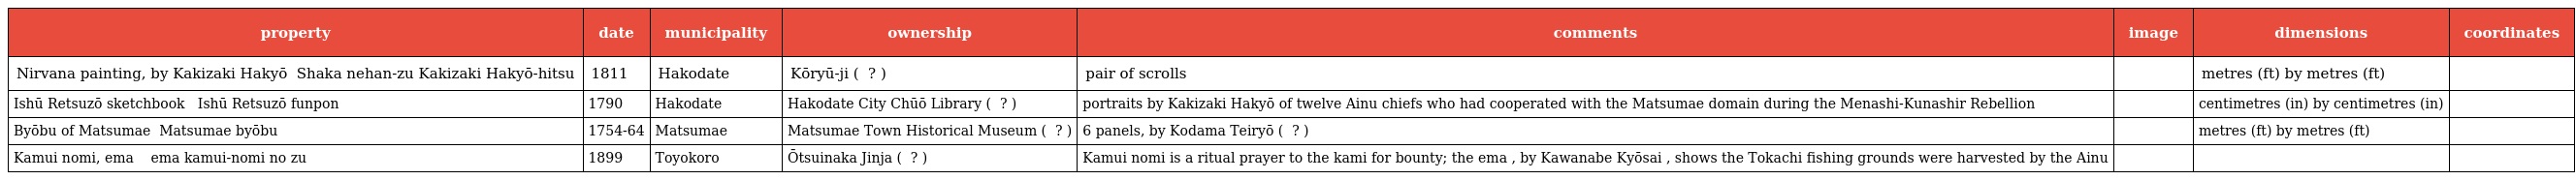
| property | date | municipality | ownership | comments | image | dimensions | coordinates |
 | --- | --- | --- | --- | --- | --- | --- | --- |
 | Nirvana painting, by Kakizaki Hakyō 釈迦涅槃図蠣崎波響筆 Shaka nehan-zu Kakizaki Hakyō-hitsu | 1811 | Hakodate | Kōryū-ji ( 高龍寺 ? ) | pair of scrolls |  | metres (ft) by metres (ft) |  |
 | Ishū Retsuzō sketchbook 夷酋列像 粉本 Ishū Retsuzō funpon | 1790 | Hakodate | Hakodate City Chūō Library ( 函館市中央図書館 ? ) | portraits by Kakizaki Hakyō of twelve Ainu chiefs who had cooperated with the Matsumae domain during the Menashi-Kunashir Rebellion |  | centimetres (in) by centimetres (in) |  |
 | Byōbu of Matsumae 松前屏風 Matsumae byōbu | 1754-64 | Matsumae | Matsumae Town Historical Museum ( 松前町郷土資料館 ? ) | 6 panels, by Kodama Teiryō ( 小玉貞良 ? ) |  | metres (ft) by metres (ft) |  |
 | Kamui nomi, ema 絵馬 カムイノミ の図 ema kamui-nomi no zu | 1899 | Toyokoro | Ōtsuinaka Jinja ( 大津稲荷神社 ? ) | Kamui nomi is a ritual prayer to the kami for bounty; the ema , by Kawanabe Kyōsai , shows the Tokachi fishing grounds were harvested by the Ainu |  |  |  |